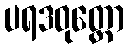
ပရဒဝုတ္တော